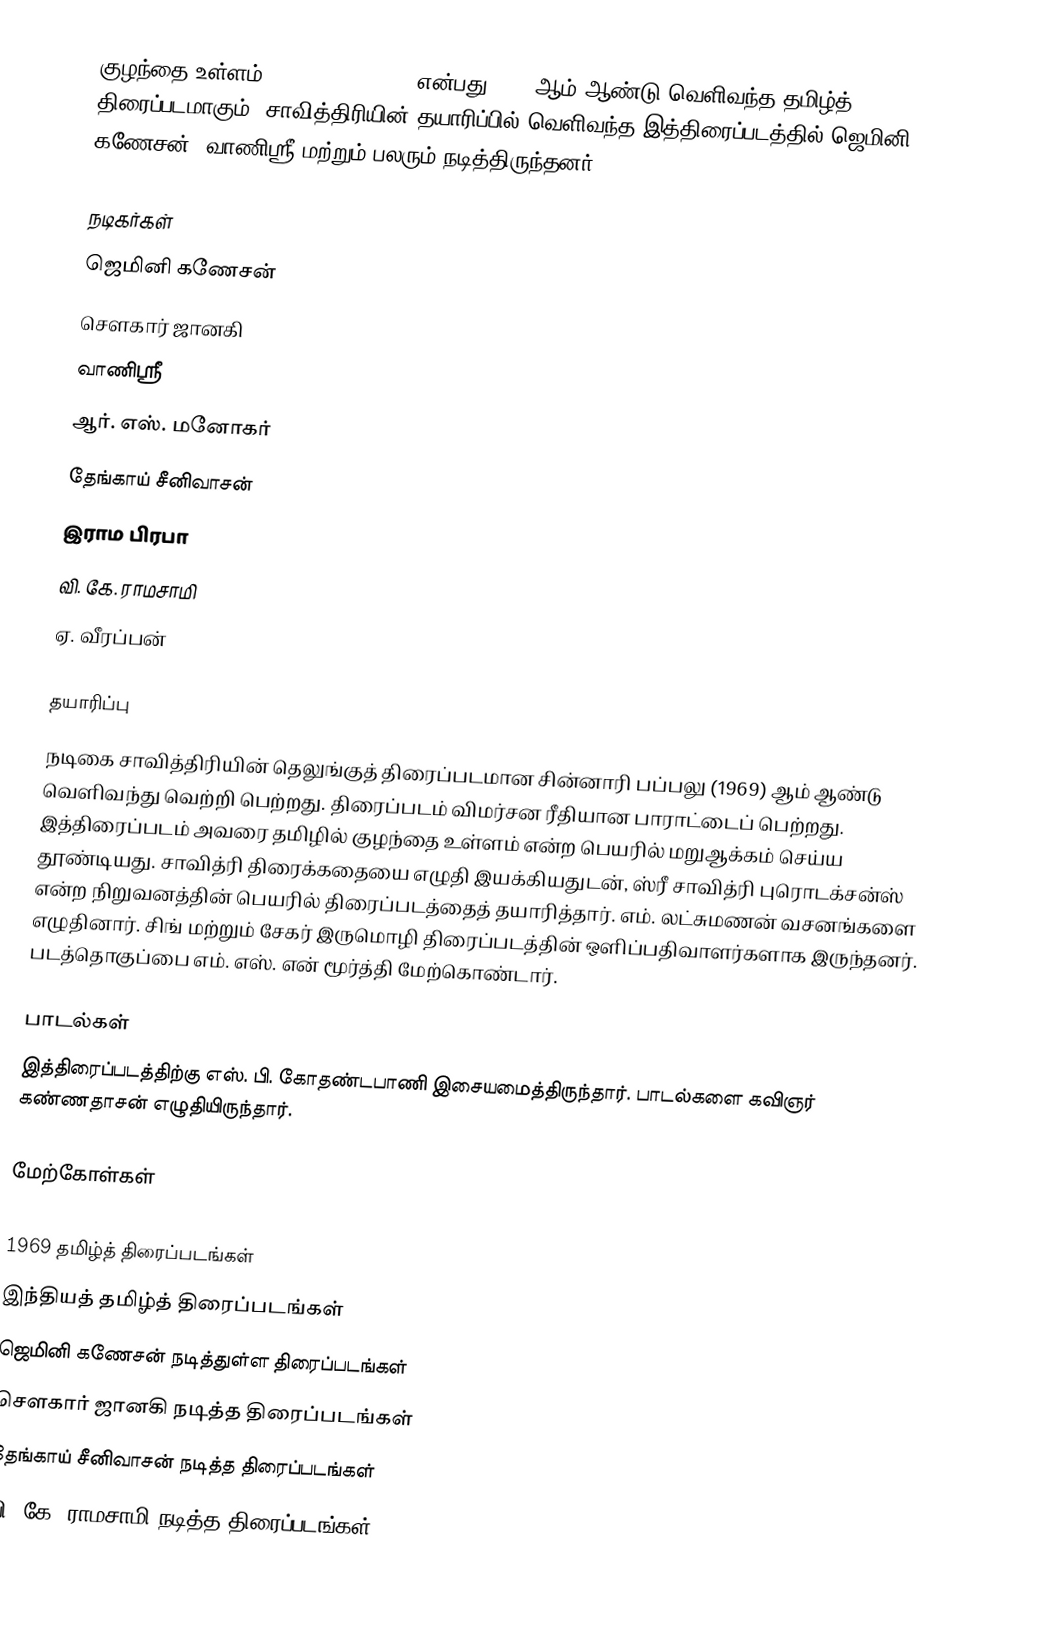
குழந்தை உள்ளம் (Kuzhandai Ullam) என்பது 1969 ஆம் ஆண்டு வெளிவந்த தமிழ்த் திரைப்படமாகும். சாவித்திரியின் தயாரிப்பில் வெளிவந்த இத்திரைப்படத்தில் ஜெமினி கணேசன், வாணிஸ்ரீ மற்றும் பலரும் நடித்திருந்தனர்.

நடிகர்கள்
 ஜெமினி கணேசன்
 சௌகார் ஜானகி
 வாணிஸ்ரீ
 ஆர். எஸ். மனோகர்
 தேங்காய் சீனிவாசன்
 இராம பிரபா
 வி. கே. ராமசாமி
 ஏ. வீரப்பன்

தயாரிப்பு
நடிகை சாவித்திரியின் தெலுங்குத் திரைப்படமான சின்னாரி பப்பலு (1969) ஆம் ஆண்டு வெளிவந்து வெற்றி பெற்றது. திரைப்படம் விமர்சன ரீதியான பாராட்டைப் பெற்றது. இத்திரைப்படம் அவரை தமிழில் குழந்தை உள்ளம் என்ற பெயரில் மறுஆக்கம் செய்ய தூண்டியது. சாவித்ரி  திரைக்கதையை எழுதி இயக்கியதுடன், ஸ்ரீ சாவித்ரி புரொடக்சன்ஸ் என்ற நிறுவனத்தின் பெயரில் திரைப்படத்தைத் தயாரித்தார்.  எம். லட்சுமணன் வசனங்களை எழுதினார். சிங் மற்றும் சேகர் இருமொழி  திரைப்படத்தின் ஒளிப்பதிவாளர்களாக இருந்தனர். படத்தொகுப்பை எம். எஸ். என் மூர்த்தி மேற்கொண்டார்.

பாடல்கள்
இத்திரைப்படத்திற்கு எஸ். பி. கோதண்டபாணி இசையமைத்திருந்தார். பாடல்களை கவிஞர் கண்ணதாசன் எழுதியிருந்தார்.

மேற்கோள்கள்

1969 தமிழ்த் திரைப்படங்கள்
இந்தியத் தமிழ்த் திரைப்படங்கள்
ஜெமினி கணேசன் நடித்துள்ள திரைப்படங்கள்
சௌகார் ஜானகி நடித்த திரைப்படங்கள்
தேங்காய் சீனிவாசன் நடித்த திரைப்படங்கள்
வி. கே. ராமசாமி நடித்த திரைப்படங்கள்